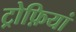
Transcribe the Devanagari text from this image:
ट्रोफ़ियां